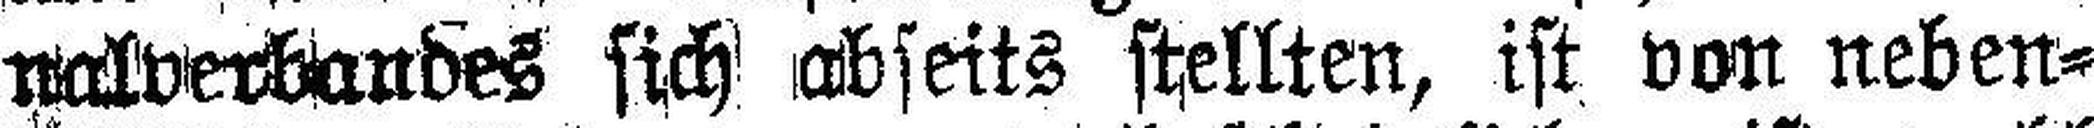
nalverbandes sich abseits stellten, ist von neben¬